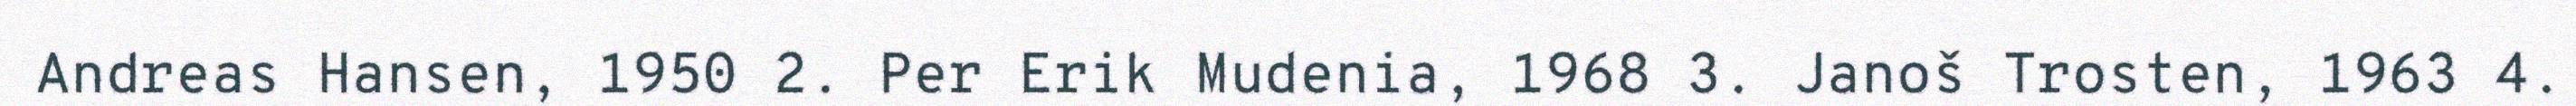
Andreas Hansen, 1950 2. Per Erik Mudenia, 1968 3. Janoš Trosten, 1963 4.